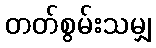
တတ်စွမ်းသမျှ